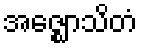
အဇ္ဈောသိတံ